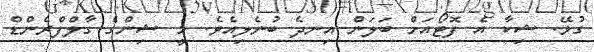
ގުޅޭ. ޝިކާ އެ ފޮޓޯއަށް ބަލަން އިނދެ ބުނެލިއެވެ. މީ ޝިންގެ ގާލްފްރެންޑް